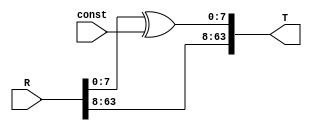
module IPAddConst #(parameter v = 8) (
	input [v*8 - 1 : 0] R,
	input [7 : 0] const,
	output [v*8 - 1: 0] T
);
	
	assign T = {R[v*8 - 1 : 8], R[7:0] ^ const};


endmodule